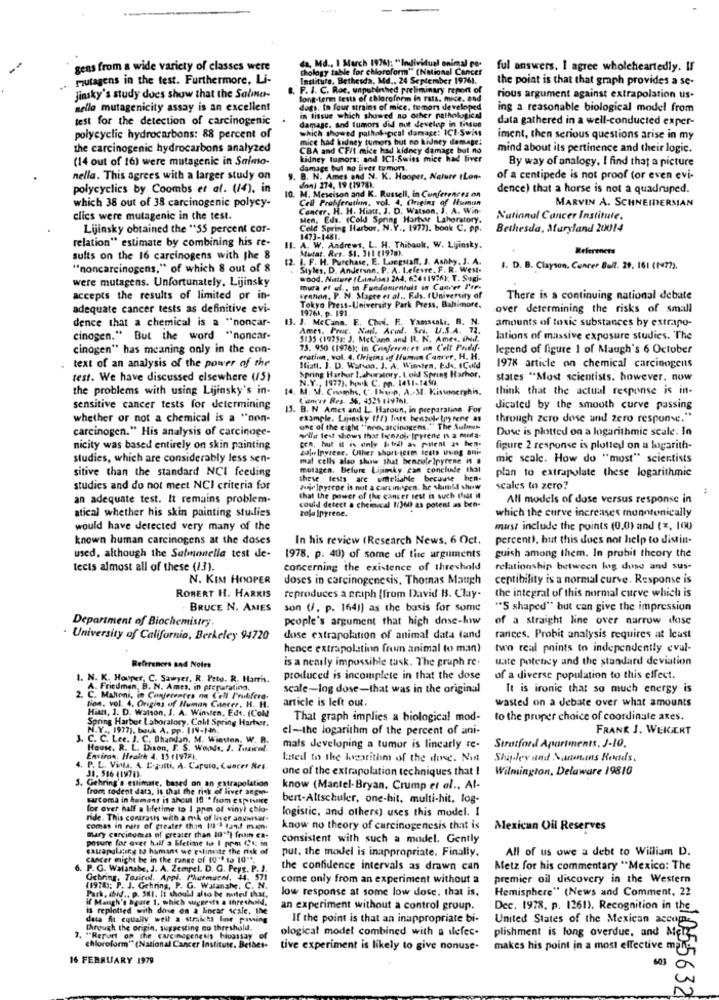
gens from a wide variety of classes were
da, Md ., I March 1926): "Individual onimal re-
Chology table for chloroform"" (National Cancer
ful answers. I agree wholeheartedly. If
mutagens in the test. Furthermore, Li-
Institute, Bethesda, Md .. 24 September 19761.
the point is that that graph provides a se-
B. F. I. C. Roc, unpubinhed preliminary report of
jinsky's study does show that the Salma-
long-term tests of chloroform in rats. mice, and
rious argument against extrapolation us-
nella mutagenicity assay is an excellent
dugs. In four strains of mice, temors developed
ing a reasonable biological model from
test for the detection of carcinogenic
damage, and tumors did not develop in Gitsue
in tissue which showed no other pathological
data gathered in a well-conducted exper-
which showed pathological damage: ICI-Swiss
polycyclic hydrocarbons: 88 percent of
mice had kidney tumors but no kidney damage!
iment, then serious questions arise in my
the carcinogenic hydrocarbons analyzed
CBA and CF/1 mice had kidney damage but no
mind about its pertinence and their logic.
(14 out of 16) were mutagenic in Salmo-
kidney tumors; and ICI-Swiss mice had tiver
By way of analogy, I find that a picture
damage but no liver tumor.
nella. This agrees with a larger study on
1 and N. K. Hooper, Nature tLon-
of a centipede is not proof (or even evi-
polycyclics by Coombs et al. (14). in
10. M. Meseison and K. Russell, in Conferences on
don) 274, 19 (1978).
dence) that a horse is not a quadruped.
which 38 out of 38 carcinogenic polycy-
Cell Probiferuthm, vol. 4. Origins of Human
MARVIN A. SCHNEIDERMAN
Concer, H. H. Hiau, J. D. Watson, J.
A. J. A. Win-
clics were mutagenic in the test.
Men, Eds. (Cold Spring Hartar Laboratory.
National Cancer Institute.
Lijinsky obtained the "55 percent cor-
Cold Spring Harbor, N.Y ., 1977). book C. pP.
Bethesda, Maryland 20014
relation" estimate by combining his re-
1473-1481.
II. A. W. Andrews, L. H. Thibault, W. Lijinsky.
Mutar. Res. $1. 311 (197m.
References
sults on the 16 carcinogens with the 8
12. I. F. H. Purchase, E. Longstaff, J. Ashby, J. A.
"noncarcinogens," of which 8 out of 8
Styles, D. Anderson. P. A. Lefevre. F. R. West-
I. D. B. Clayson, Cancer Bull. 29. 161 (1477).
were mutagens. Unfortunately, Lijinsky
8:004. Niture (Landse) 264, 634 11926); T. Sugi-
mura ef el ., in Fundamentals in Conver I're-
accepts the results of limited or in-
Feation, P. N. Magce et al ., Fals. fUniversity of
There is a continuing national debate
adequate cancer tests as definitive evi-
Tokyo Press-University Park Press, Baltimore.
19761. p. 191
over determining the risks of small
dence that a chemical is a "noncar-
13. J. McCann. E. Choi, F. Yamasaki, R. N.
amounts of toxic substances by extrapo-
Ames, Proc. Nad, Arud. Sci, U.S.A. 73.
cinogen." But the word "noncar-
5135 (1975g: J. McL'an and B. N. Ames, ahid.
lations of massive exposure studies. The
cinogen" has meaning only in the con-
73. 950 (1976): in Confrereret on Cell Poulif.
legend of figure 1 of Maugh's 6 October
. text of an analysis of the power of the
eratinn, vol. 4. Crieins off Human Canver, H. H.
Ilistl. J. D. Warsan, J. A. Winsten, Eds. Cold
1978 article on chemical carcinogens
test. We have discussed elsewhere (15)
N.Y ., 1977). hook C. po. 1411-1450.
Spring Harbor Lahuralory, Cold Spring Harbor.
States "Most scientists. however, now
the problems with using Lijinsky's in-
14. M. M. Cnamhs, C'. Ition, A .- M1. Kissonerghis,
think that the actual response is in-
Cancer Res. 36. 4525 11976k.
sensitive cancer tests for determining
15. B. N Ames and L. Haroun, in preparation. For
dicated by the smooth curve passing
whether or not a chemical is a "non-
example. Lapasky (fr) lists benzoletpy rene as
through zero dose and zero response."
carcinogen." His analysis of carcinoge-
one of the eight "noncarcinogens." The Subnyn
Duse is plotted on a logarithmic scale. In
cen, but it is only I tell as patent as hen-
wilst test shows that benzolelpyrene I a muta-
nicity was based entirely on skin painting
20|. |pyrene. Uther short-term tests using ani
figure 2 response is plotted on a logarith-
studies, which are considerably less sen-
mat cells also show that benzelelpyrene in a
mic scale. How do "most" scientists
sitive than the standard NCI feeding
mutagen. Before Lijmky can conclude that
plan to extrapolate these logarithmic
these tests are whiteliable because hen-
studies and do not meet NCI criteria for
Ahjelpytroe is not a carcinogen. he should show
scales to zero?
an adequate test. It remains problem-
that the power of the cancer test is such that it
All models of dose versus response in
atical whether his skin painting studies
could detect a chemical 1/360 as potest as ben-
which the curve increases monotonically
zola Ipyrene.
would have detected very many of the
must include the points (0.0) and (x, 100
known human carcinogens at the doses
In his review (Research News, 6 Oct.
percent), but this does not help to distin-
used. although the Salmonella test de-
1978. p. 40) of some of the arguments
guish among them. In probit theory the
tects almost all of these (13).
concerning the existence of threshold
relationship between log duse and sus-
N. KIM HOOPER
doses in carcinogenesis. Thomas Maugh
ceptibility is a normal curve. Response is
the integral of this normal curve which is
ROBERT H. HARRIS
reproduces a graph [from David B. Clay-
BRUCE N. AMES
son (F. p. 164)] as the basis for some
"S shaped" but can give the impression
Department of Biochemistry.
people's argument that high dose-kww
of a straight line over narrow dose
· University of California, Berkeley 94720
dose extrapolation of animal data fand
rances, Probit analysis requires at least
hence extrapolation from animal to man)
two real points to independently evul-
is a neatly impossible task. The graph re.
uate potency and the standard deviation
References and Notre
1. N. K. Hooper, C. Sawyer. R. Peto. R. Harris.
produced is incomplete in that the dose
of a diverse population to this effect.
A- Friedman, B. N. Amts, in preparatina.
scale-log dose-that was in the original
It is ironic that so much energy is
2. C. Mahoni, in Conferences on Cell Pruhfreg.
article is left out.
Non, vol. 4. Origins of Human Cancer. H. H.
Hian, J. D. Watson, J. A. Winsten, Edf. (Col
wasted on a debate over what amounts
Spring Harbor Laboratory. Coll Spring Harbor.
That graph implies a biological mod-
to the proper choice of coordinate axes.
N.Y .. 1977). buuk A. pP. II4-
el-the logarithm of the percent of ani-
FRANK J. WEIGERT
J. C. C. Lee. J. C. Bhamdan, M. Winston. W. R.
House. R. L. Dison, I. S. Woods, J. Twicel.
mais developing a tumor is linearly re-
Stratford Apartments, J-10.
Environ. Health 4. 15 41972k
tasted to the logarithm of the dense. Nut
Shipley and Sannons Rentes.
4. P. L. Vinta. A. Deputti, A. Caputo, Cancer Res.
one of the extrapolation techniques that !
Wilmington, Delaware 19810
5. Gehring's estimate, based on an extrapolation
31. 516 (1970)-
from rodent data, is that the risk of liver angan-
know (Mantel-Bryan. Crump et al ., Al-
satoma in kemens it ahout 10 :* from expire
bert-Altschuler, one-hit, multi-hit. log-
for over half a lifetime to I ppm of vinyl chlo-
ride. This contrasts with a nik of liver angwar.
logistic, and others) uses this model. 1
comas in russ of greater than 101'3 4and mom.
mary carcinomaes of greater than 10""} frum ca-
know no theory of carcinogenesis that is
Mexican Oil Reserves
posure for over half a Efetime to I pro Ci; io
consistent with such a model. Gently
catrapallting 10 humans we estimate the risk of
put. the model is inappropriate. Finally.
All of us owe a debt to William D.
cancer might be in the range of 10"0 to 10"".
P. G. Watanabe, J. A. Zempel. D. G. Peyg. P. J.
the confidence intervals as drawn can
Metz for his commentary "Mexico: The
. Tosicel. Appl. Phutmural. 44. 571
come only from an experiment without a
premier oil discovery in the Western
Park, ibid .. p. SKI. It should also be noted that,
(1978); P. J. Gehring, P. G. Watanahe. C. N.
low response at some low dose, that is,
Hemisphere" (News and Comment, 22
if Maugh's hgare 1. which suggests a threshold.
is replotted with dove on a linear scale, the
an experiment without a control group.
Dec. 1978. p. 1261). Recognition in the
deta fit equally well a straicht lint paving
If the point is that an inappropriate bi-
United States of the Mexican accom.
through the origin, suggesting no threshold.
ological model combined with a iefec-
plishment is long overdue, and Mert
7. "Report on the carcinogenesis bioassay of
chloroform" (National Cancer Institute. Beibes-
tive experiment is likely to give nonuse.
makes his point in a most effective male
16 FEBRUARY 1979
603